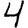
Digit: 4